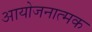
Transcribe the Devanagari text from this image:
आयोजनात्मक